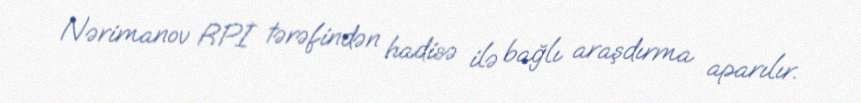
Nərimanov RPİ tərəfindən hadisə ilə bağlı araşdırma aparılır.